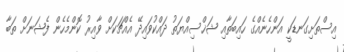
އިސްތަށިގަނޑަކީ އަންހެނެއްގެ ހައިބަތާއި ޝަޚްސިއްޔަތު ދައްކުވައިދޭ އެއްޗަކަށް ވާއިރު ކޮންމެހެން ފެޝަނަށް ތަބާ